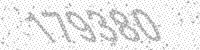
Solution: 179380